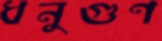
ধনুগুণ